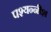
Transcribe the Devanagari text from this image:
पश्यन्नीश